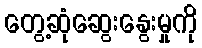
တွေ့ဆုံဆွေးနွေးမှုကို